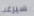
سيرغب